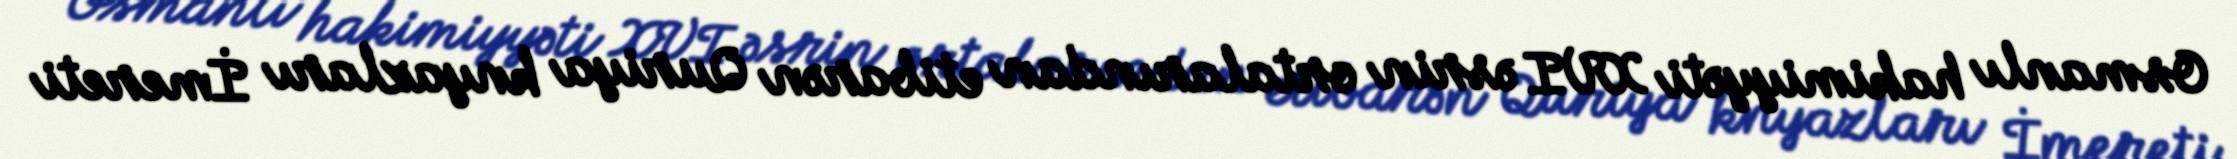
Osmanlı hakimiyyəti XVI əsrin ortalarından etibarən Quriya knyazları İmereti